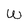
Character: w